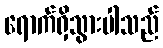
ရောက်ရှိသွားပါသည်